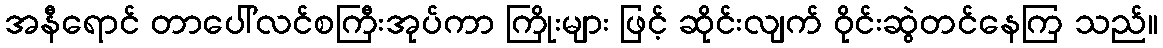
အနီရောင် တာပေါ်လင်စကြီးအုပ်ကာ ကြိုးများ ဖြင့် ဆိုင်းလျက် ဝိုင်းဆွဲတင်နေကြ သည်။